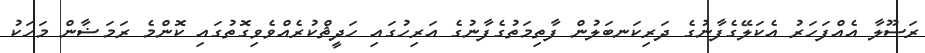
ރަސޫލާ އެއްފަހަރު އެކަލޭގެފާނުގެ ދަރިކަނބަލުން ފާތިމަތުގެފާނުގެ އަރިހުގައި ހަދީޘްކުރެއްވެވިގޮތުގައި ކޮންމެ ރަމަޟާން މަހަކު